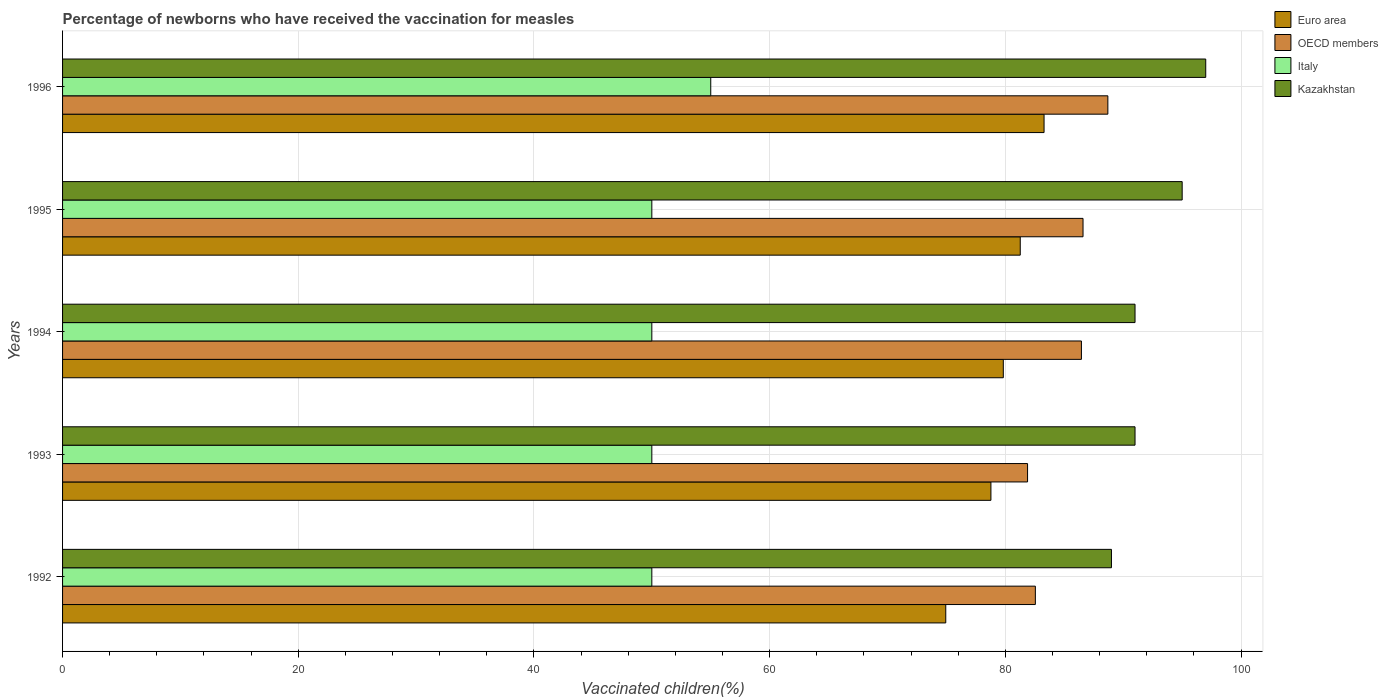
| Years | Euro area | OECD members | Italy | Kazakhstan |
 | --- | --- | --- | --- | --- |
 | 1992 | 74.9 | 82.5 | 50 | 89 |
 | 1993 | 78.8 | 81.9 | 50 | 91 |
 | 1994 | 79.8 | 86.5 | 50 | 91 |
 | 1995 | 81.3 | 86.6 | 50 | 95 |
 | 1996 | 83.3 | 88.7 | 55 | 97 |